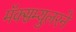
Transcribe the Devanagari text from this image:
मॅक्सम्युलरने